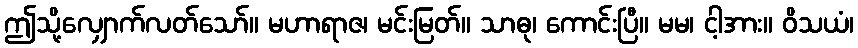
ဤသို့လျှောက်လတ်သော်။ မဟာရာဇ၊ မင်းမြတ်။ သာဓု၊ ကောင်းပြီ။ မမ၊ ငါ့အား။ ဝိသယံ၊